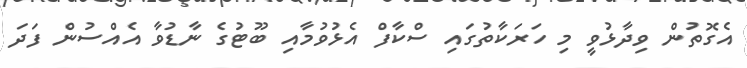
އެގޮތުން ވިދާޅުވީ މި ހަރަކާތުގައި ސްކާފް އެޅުވުމާއި ބޫޓުގެ ނާޑުވާ އެއްސުން ފަދަ